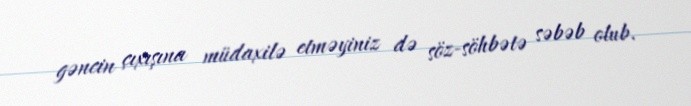
gəncin çıxışına müdaxilə etməyiniz də söz-söhbətə səbəb olub.